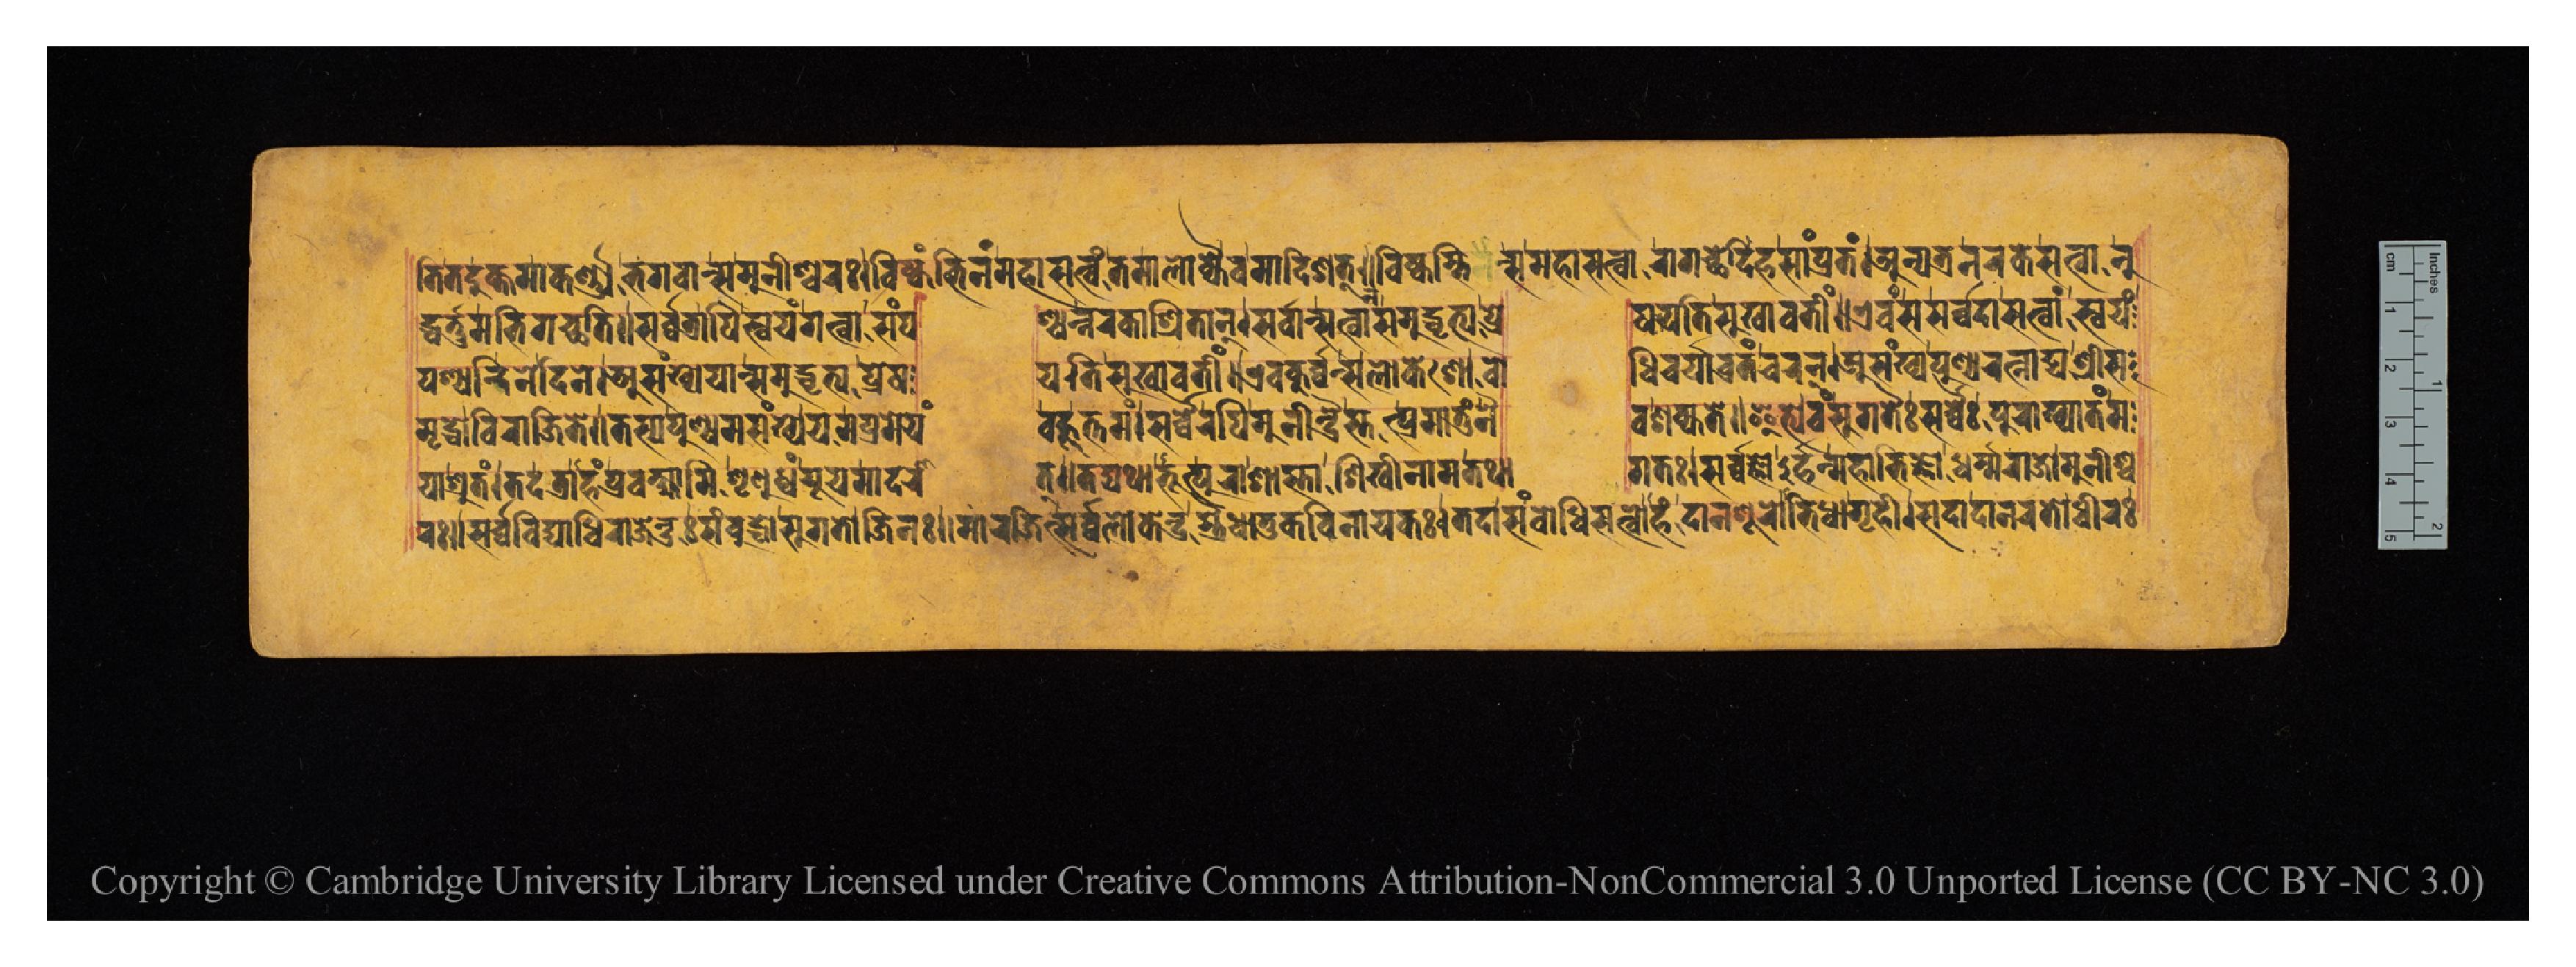
𑐟𑐶𑐟𑐡𑐸𑐎𑑂𑐟𑐩𑐵𑐎𑐬𑑂𑐞𑑂𑐫𑐨𑐐𑐰𑐵𑐣𑑂𑐳𑐩𑐸𑐣𑐷𑐱𑑂𑐰𑐬𑑅𑑋𑐰𑐶𑐲𑑂𑐎𑐩𑑂𑐨𑐶𑐣𑑄𑐩𑐴𑐵𑐳𑐟𑑂𑐰𑑄𑐟𑐩𑐵𑐮𑑀𑐎𑑂𑐫𑐿𑐰𑐩𑐵𑐡𑐶𑐱𑐟𑑂𑑌𑐰𑐶𑐲𑑂𑐎𑐩𑑂𑐨𑐶𑐣𑑂𑐳𑐩𑐴𑐵𑐳𑐟𑑂𑐰𑑀𑐣𑐵𑐐𑐔𑑂𑐕𑐾𑐡𑐶𑐴𑐳𑐵𑑄𑐥𑑂𑐬𑐟𑑄𑑋𑐀𑐣𑑂𑐫𑐟𑑂𑐬𑐣𑐬𑐎𑐾𑐳𑐟𑑂𑐰𑐵𑐣𑐸 𑐡𑑂𑐢𑐬𑑂𑐟𑐸𑐩𑐨𑐶𑐐𑐔𑑂𑐕𑐟𑐶𑑌𑐳𑐬𑑂𑐰𑑂𑐰𑐟𑑂𑐬𑐵𑐥𑐶𑐳𑑂𑐰𑐫𑑄𑐐𑐟𑑂𑐰𑐵𑐳𑑄𑐥  𑐱𑑂𑐫𑐣𑑂𑐣𑐬𑐎𑐵𑐱𑑂𑐬𑐶𑐟𑐵𑐣𑑂𑑋𑐳𑐬𑑂𑐰𑐵𑐣𑑂𑐳𑐟𑑂𑐰𑐵𑐣𑑂𑐳𑐩𑐸𑐡𑑂𑐢𑐺𑐟𑑂𑐫𑐥𑑂𑐬𑐾  𑐲𑐫𑐟𑐶𑐳𑐸𑐏𑐵𑐰𑐟𑐷𑑄𑑌𑐊𑐰𑑄𑐳𑐳𑐬𑑂𑐰𑑂𑐰𑐡𑐵𑐳𑐟𑑂𑐰𑐵𑐣𑑂𑐳𑑂𑐰𑐫𑑄 𑐥𑐱𑑂𑐫𑐣𑑂𑐡𑐶𑐣𑐾𑐡𑐶𑐣𑐾𑑋𑐀𑐳𑑄𑐏𑑂𑐫𑐾𑐫𑐵𑐣𑑂𑐳𑐩𑐸𑐡𑑂𑐢𑐺𑐟𑑂𑐫𑐥𑑂𑐬𑐾𑐲  𑐫𑐟𑐶𑐳𑐸𑐏𑐵𑐰𑐟𑐷𑑄𑑌𑐊𑐰𑑄𑐎𑐸𑐬𑑂𑐰𑐣𑑂𑐳𑐮𑑀𑐎𑐾𑐱𑑀𑐧𑑀  𑐢𑐶𑐔𑐬𑑂𑐫𑐵𑐰𑑂𑐬𑐟𑐘𑑂𑐔𑐬𑐣𑑂𑑋𑐀𑐳𑑄𑐏𑑂𑐫𑐥𑐸𑐞𑑂𑐫𑐬𑐟𑑂𑐣𑐵𑐡𑑂𑐫𑐱𑑂𑐬𑐷𑐳 𑐩𑐺𑐡𑑂𑐢𑑀𑐰𑐶𑐬𑐵𑐖𑐟𑐾𑑌𑐟𑐳𑑂𑐫𑐥𑐸𑐞𑑂𑐫𑐩𑐳𑑄𑐏𑑂𑐫𑐾𑐫𑐩𑐥𑑂𑐬𑐩𑐾𑐫𑑄  𑐧𑐴𑐹𑐟𑑂𑐟𑐩𑑄𑑋𑐳𑐬𑑂𑐰𑑂𑐰𑐿𑐬𑐥𑐶𑐩𑐸𑐣𑐷𑐣𑑂𑐡𑑂𑐬𑐿𑐳𑑂𑐟𑐟𑑂𑐥𑑂𑐬𑐩𑐵𑐟𑐸𑑄𑐣𑐿  𑐰𑐱𑐎𑑂𑐫𑐟𑐾𑑌𑐂𑐟𑑂𑐫𑐾𑐰𑑄𑐳𑐸𑐐𑐟𑐿𑑅𑐳𑐬𑑂𑐰𑑂𑐰𑐿𑑅𑐥𑐸𑐬𑐵𑐏𑑂𑐫𑐵𑐟𑑄𑐩 𑐫𑐵𑐱𑑂𑐬𑐸𑐟𑑄𑑋𑐟𑐡𑐟𑑂𑐬𑐵𑐴𑑄𑐥𑑂𑐬𑐰𑐎𑑂𑐲𑑂𑐫𑐵𑐩𑐶𑐱𑐺𑐞𑐸𑐢𑑂𑐫𑑄𑐫𑐹𑐫𑐩𑐵𑐡𑐬𑐵  𑐟𑑂𑑌𑐟𑐡𑑂𑐫𑐠𑐵𑐨𑐹𑐟𑑂𑐥𑐸𑐬𑐵𑐱𑐵𑐳𑑂𑐟𑐵𑐱𑐶𑐏𑐶𑐣𑐵𑐩𑐟𑐠𑐵  𑐐𑐟𑑅𑑋𑐳𑐬𑑂𑐰𑑂𑐰𑐖𑑂𑐘𑑀𑐬𑑂𑐴𑐣𑑂𑐩𑐴𑐵𑐨𑐶𑐖𑑂𑐘𑑀𑑅𑐢𑐬𑑂𑐩𑑂𑐩𑐬𑐵𑐖𑑀𑐩𑐸𑐣𑐷𑐱𑑂𑐰 𑐬𑑅𑑋𑐳𑐬𑑂𑐰𑑂𑐰𑐰𑐶𑐡𑑂𑐫𑐵𑐢𑐶𑐬𑐵𑐖𑐾𑐣𑑂𑐡𑑂𑐬𑑅𑐳𑑄𑐧𑐸𑐡𑑂𑐢𑑅𑐳𑐸𑐐𑐟𑑀𑐖𑐶𑐣𑑅𑑌𑐩𑐵𑐬𑐖𑐶𑐟𑑂𑐳𑐬𑑂𑐰𑑂𑐰𑐮𑑀𑐎𑐾𑐣𑑂𑐡𑑂𑐬𑐳𑑂𑐟𑑂𑐬𑐿𑐢𑐵𑐟𑐸𑐎𑐰𑐶𑐣𑐵𑐫𑐎𑑅𑑋𑐟𑐡𑐵𑐳𑑄𑐧𑑀𑐢𑐶𑐳𑐟𑑂𑐰𑑀𑐴𑑄𑐡𑐵𑐣𑐱𑐹𑐬𑑀𑐨𑐶𑐢𑑀𑐐𑐺𑐴𑐷𑑋𑐳𑐡𑐵𑐡𑐵𑐣𑐬𑐟𑑀𑐢𑐷𑐬𑑅